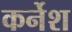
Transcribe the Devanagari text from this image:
कर्नेश